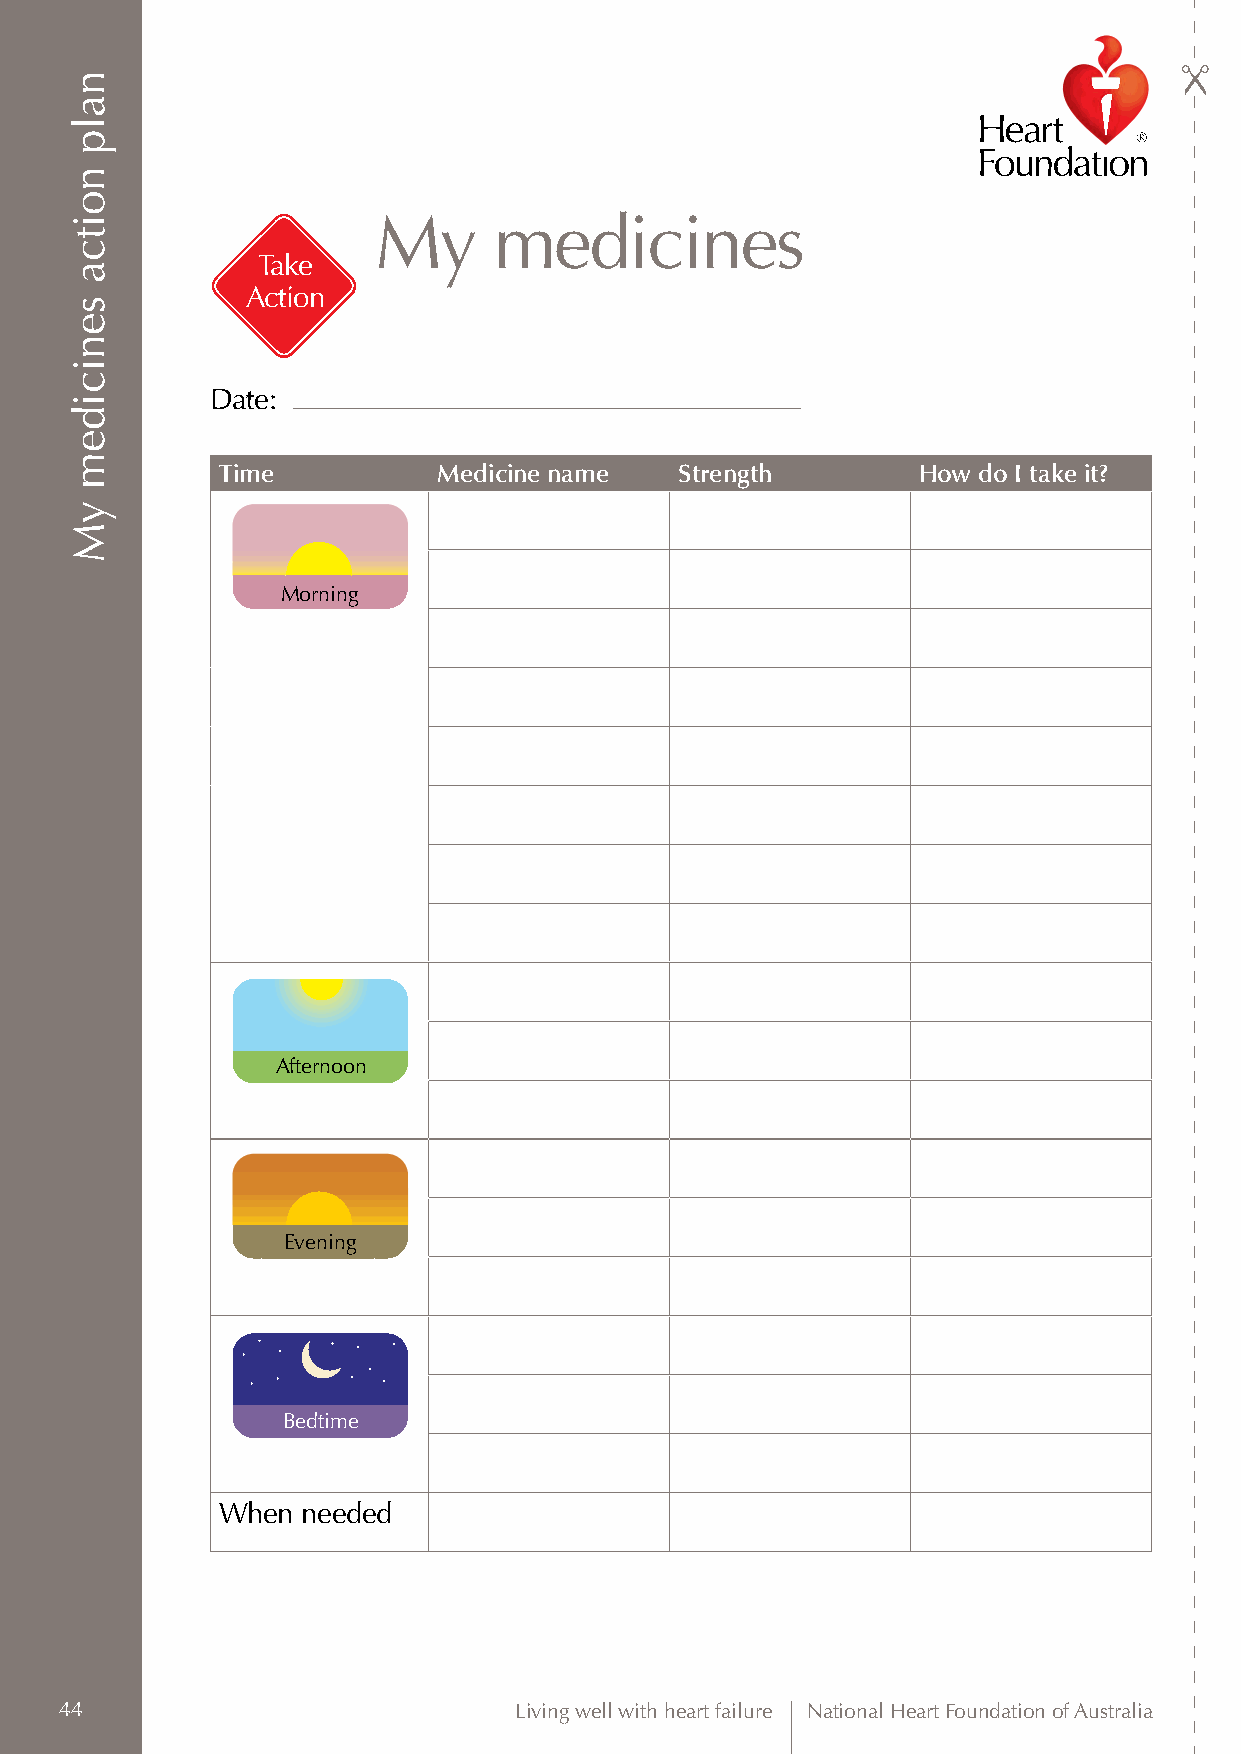
My      medicines
 Take
 Action
 Date:
 Time           Medicine name   Strength        How do I take it?
 Morning
 Afternoon
 Evening
 Bedtime
 When  needed
 44                            Living well with heart failure National Heart Foundation of Australia
 nalp
 noitca
 senicidem
 yM